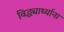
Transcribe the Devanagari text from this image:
विद्ध्यार्थ्याना